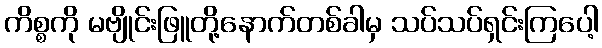
ကိစ္စကို မဗျိုင်းဖြူတို့နောက်တစ်ခါမှ သပ်သပ်ရှင်းကြပေါ့